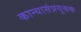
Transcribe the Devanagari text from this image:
कान्यासंप्रयुक्तक